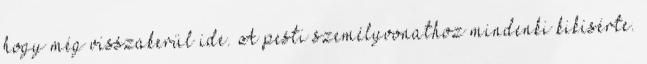
hogy még visszakerül ide. A pesti személyvonathoz mindenki kikísérte.